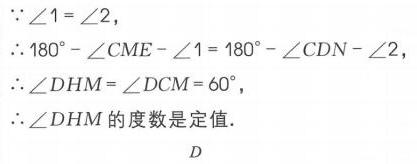
\(\because\angle1=\angle2\)，
\(\therefore180^{\circ}-\angle CME-\angle1 = 180^{\circ}-\angle CDN-\angle2\)，
\(\therefore\angle DHM=\angle DCM = 60^{\circ}\)，
\(\therefore\angle DHM\)的度数是定值.
\(D\)